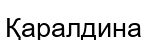
Қаралдина